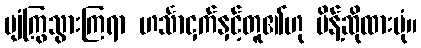
ပျံကြွသွားကြရာ ဟင်္သာငှက်နှင့်တူ၏ဟု မိန့်ဆိုထားပုံ။